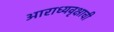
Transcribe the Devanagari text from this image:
आराध्यवृक्षाची